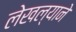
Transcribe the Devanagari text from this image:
लेखल्याने